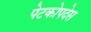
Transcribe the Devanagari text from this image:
पेटकोपदेस